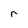
Character: r